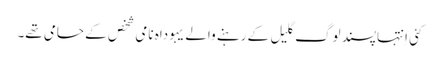
‏ کئی اِنتہاپسند لوگ گلیل کے رہنے والے یہوداہ نامی شخص کے حامی تھے۔